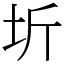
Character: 圻